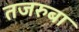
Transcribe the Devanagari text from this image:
तजरुबा